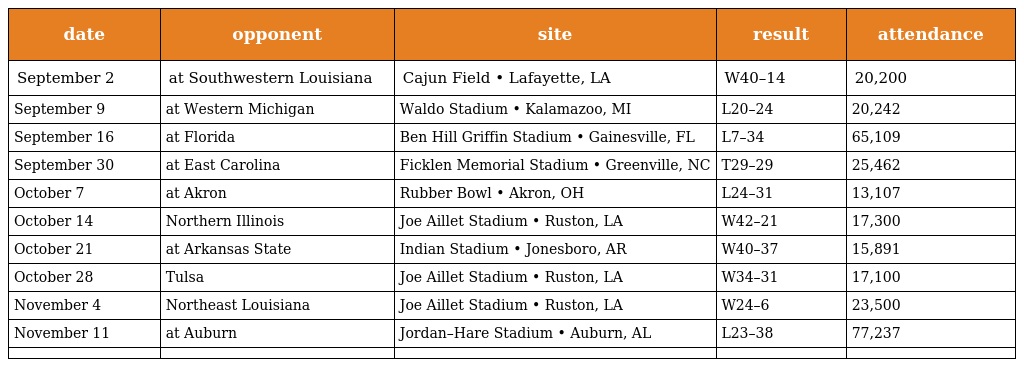
| date | opponent | site | result | attendance |
 | --- | --- | --- | --- | --- |
 | September 2 | at Southwestern Louisiana | Cajun Field • Lafayette, LA | W40–14 | 20,200 |
 | September 9 | at Western Michigan | Waldo Stadium • Kalamazoo, MI | L20–24 | 20,242 |
 | September 16 | at Florida | Ben Hill Griffin Stadium • Gainesville, FL | L7–34 | 65,109 |
 | September 30 | at East Carolina | Ficklen Memorial Stadium • Greenville, NC | T29–29 | 25,462 |
 | October 7 | at Akron | Rubber Bowl • Akron, OH | L24–31 | 13,107 |
 | October 14 | Northern Illinois | Joe Aillet Stadium • Ruston, LA | W42–21 | 17,300 |
 | October 21 | at Arkansas State | Indian Stadium • Jonesboro, AR | W40–37 | 15,891 |
 | October 28 | Tulsa | Joe Aillet Stadium • Ruston, LA | W34–31 | 17,100 |
 | November 4 | Northeast Louisiana | Joe Aillet Stadium • Ruston, LA | W24–6 | 23,500 |
 | November 11 | at Auburn | Jordan–Hare Stadium • Auburn, AL | L23–38 | 77,237 |
 |  |  |  |  |  |